Annual statistical returns and brief notes on vaccination in Bengal - 1887-1898
Year: 1887
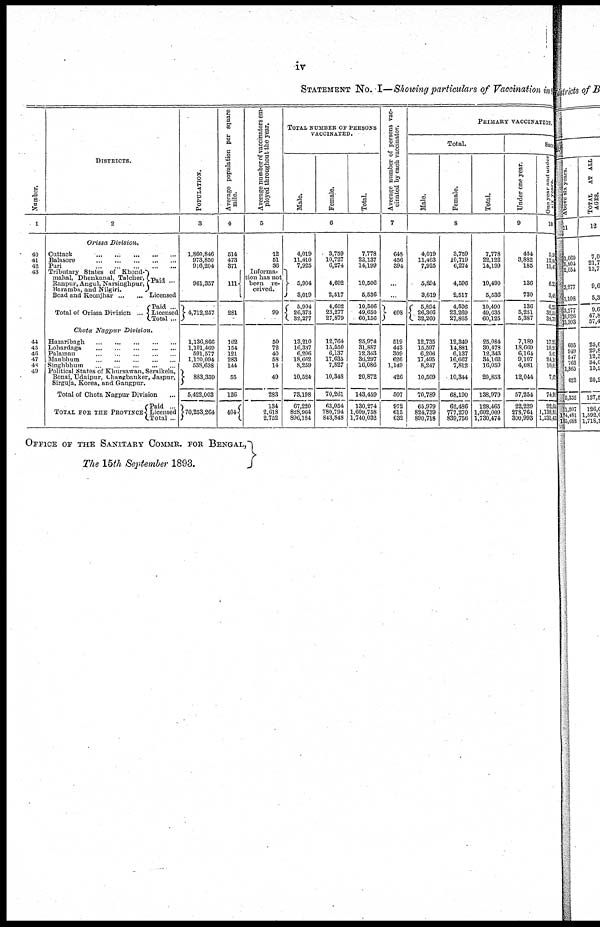
iv
STATEMENT No. I—Showing particulars of Vaccination in
Number.
1
40
41
42
43
44
45
46
47
48
49
DISTRICTS.
2
Orissa Division.
Cuttack
...
...
...
...
...
Balasore
...
...
...
...
...
Pari
...
...
...
...
...
Tributary States of Khond-
mahal, Dhenkanal, Talcher,
Ranpur, Angul, Narsinghpur,
Baramba, and Nilgiri.
Boad and Keonjhar ... ...
Total of Orissa Division ...
Paid ...
Licensed
Paid ...
Licensed
Total ...
Chota Nagpur
Division.
Hazaribagh
...
...
...
...
...
Lohardaga
...
...
...
...
...
Palamau
...
...
...
...
...
Manbhum
...
...
...
...
...
Singhbhum
...
...
...
...
...
Political States of Khursawan, Seraikela,
Bonai, Udaipur, Changbauker, Jaspur,
Sirguja, Korea, and Gangpur.
Total of Chota Nagpur Division ...
TOTAL FOR THE PROVINCE
Paid ...
Licensed
Total ...
POPULATION.
3
1,860,846
973,850
916,204
961,357
4,712,257
1,136,866
1,101,469
591,577
1,170,094
538,638
883,359
5,422,003
170,253,264
Average population per square
mile.
4
514
473
371
111
281
162
154
121
283
144
55
126
404
Average number of vaccinators em-
ployed throughout the year.
5
12
51
36
Informa-
tion has not
been re-
ceived.
99
50
72
40
58
14
49
283
134
2,618
2,752
TOTAL NUMBER OF PERSONS
VACCINATED.
Male.
Female.
Total.
6
4,019
11,410
7,925
5,904
3,019
5,904
26,373
32,277
13,210
16,337
6,206
18,662
8,259
10,524
73,198
67,220
828,964
896,184
3,759
10,727
6,274
4,602
2,517
4,602
23,277
27,879
12,764
15,550
6,137
17,635
7,827
10,348
70,261
63,054
780,794
843,848
7,778
22,137
14,199
10,506
5,536
10,506
49,650
60,156
25,974
31,887
12,343
36,297
16,086
20,872
143,459
130,274
1,609,758
1,740,032
Average number of persons vac-
cinated by each vaccinator.
7
648
456
394
...
...
608
519
443
309
626
1,149
426
507
972
615
632
PRIMARY VACCINATION.
Total.
Male.
Female.
Total.
8
4,019
11,403
7,925
5,894
3,019
5,894
26,366
32,260
12,735
15,597
6,206
17,495
8,247
10,509
70,789
65,979
824,739
890,718
3,759
10,719
6,274
4,596
2,517
4,596
23,269
27,865
12,349
14,881
6,137
16,667
7,812
10,344
68,190
62,486
777,270
839,756
7,778
22,122
14,199
10,490
5,536
10,490
49,635
60,125
25,084
30,478
12,343
34,162
16,059
20,853
138,979
128,465
1,002,009
1,730,474
Succ
Under one year.
9
454
3,882
185
136
730
136
5,251
5,387
7,189
18,669
6,164
9,107
4,081
12,044
57,254
22,229
278,764
300,993
One year and under
six years.
10
5,0
12,0
11,40
6,20
3,40
6,23
32,55
38,78
17,23
10,20
5,60
24,10
10,03
7,00
74,90
92,64
1,138,81
1,231,40
OFFICE OF THE SANITARY COMMR. FOR BENGAL,
The 15th September 1893.